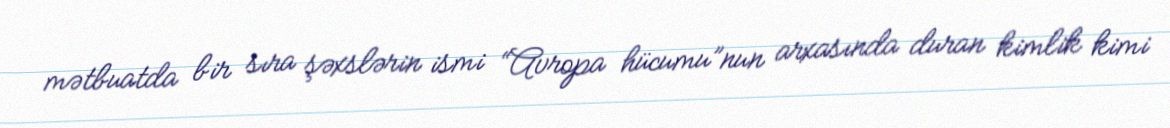
mətbuatda bir sıra şəxslərin ismi “Avropa hücumu”nun arxasında duran kimlik kimi